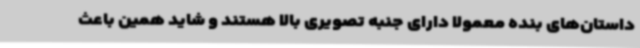
داستان‌های بنده معمولا دارای جنبه‌ تصویری بالا هستند و شاید همین باعث